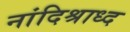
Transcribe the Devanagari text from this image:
नांदिश्राध्द